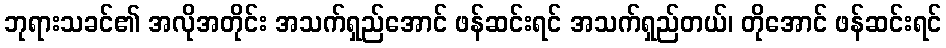
ဘုရားသခင်၏ အလိုအတိုင်း အသက်ရှည်အောင် ဖန်ဆင်းရင် အသက်ရှည်တယ်၊ တိုအောင် ဖန်ဆင်းရင်